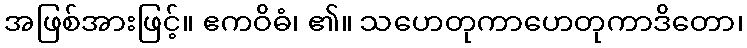
အဖြစ်အားဖြင့်။ ဧကဝိဓံ၊ ၏။ သဟေတုကာဟေတုကာဒိတော၊